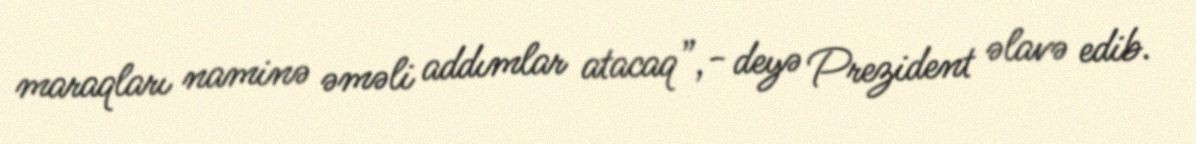
maraqları naminə əməli addımlar atacaq”,- deyə Prezident əlavə edib.